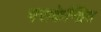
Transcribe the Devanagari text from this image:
पराकेन्द्रित